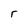
Character: 5